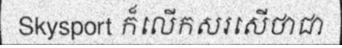
Skysport ក៏លើកសរសើថាជា